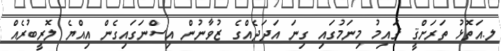
ލ.އަތޮޅު ތަރަށްޤީ ޤައިމު މިނަމުގައި ގިނަ އަދަދެއްގެ ޒުވާނުން އިސްނަގައިގެން އިއްޔެ ލޮރީބުރެއް